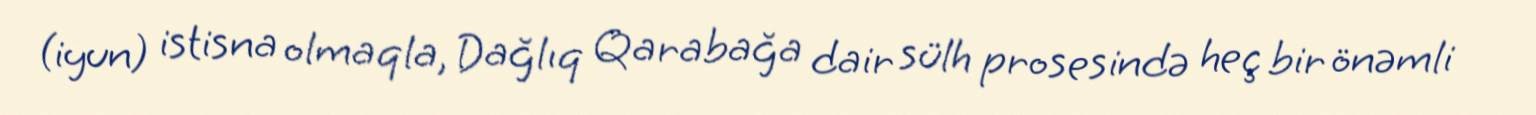
(iyun) istisna olmaqla, Dağlıq Qarabağa dair sülh prosesində heç bir önəmli